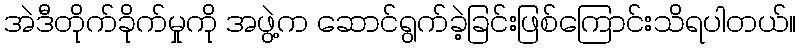
အဲဒီတိုက်ခိုက်မှုကို အဖွဲ့က ဆောင်ရွက်ခဲ့ခြင်းဖြစ်ကြောင်းသိရပါတယ်။